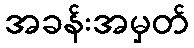
အခန်းအမှတ်